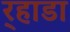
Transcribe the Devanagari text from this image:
र्‍हाडा